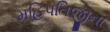
મહિપતિજીના